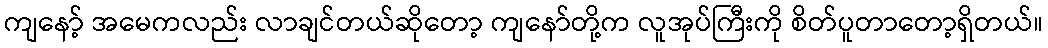
ကျနော့် အမေကလည်း လာချင်တယ်ဆိုတော့ ကျနော်တို့က လူအုပ်ကြီးကို စိတ်ပူတာတော့ရှိတယ်။